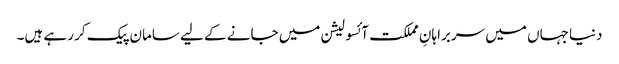
دنیا جہاں میں سربراہانِ مملکت آئسولیشن میں جانے کے لیے سامان پیک کر رہے ہیں۔